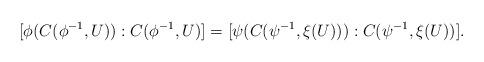
LaTeX: \begin{align*}[\phi(C(\phi^{-1},U)):C(\phi^{-1},U)]=[\psi(C(\psi^{-1},\xi(U))):C(\psi^{-1},\xi(U))].\end{align*}